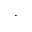
\boldsymbol { \cdot }